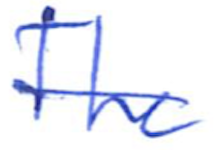
Text: The
Cross-out: single-line
Writing tool: ballpoint